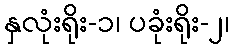
နှလုံးရိုး-၁၊ ပခုံးရိုး-၂၊